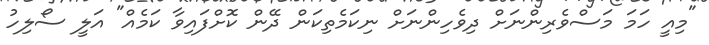
"މިއީ ހަމަ މަސްވެރިންނަށް ދިވެހިންނަށް ނިކަމެތިކަން ދޭން ކޮށްފައިވާ ކަމެއް" އަލީ ސޯލިހު